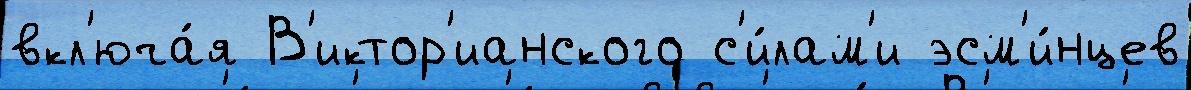
вкл'юча́я В'иктор'ианского с'и́лам'и эсм'и́нцев